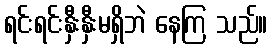
ရင်းရင်းနှီးနှီးမရှိဘဲ နေကြ သည်။